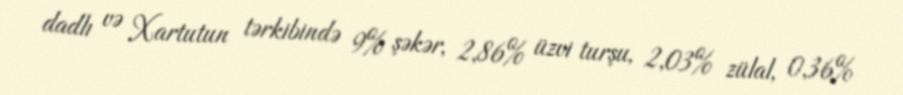
dadlı və Xartutun tərkibində 9% şəkər, 2,86% üzvi turşu, 2,03% zülal, 0,36%